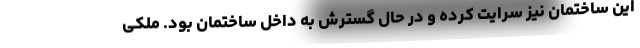
این ساختمان نیز سرایت کرده و در حال گسترش به داخل ساختمان بود. ملکی